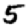
Digit: 5